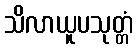
သိလာယူပသုတ္တံ